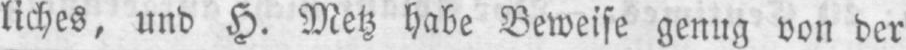
liches, und H. Metz habe Beweise genug von der